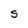
Character: S